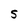
Character: S